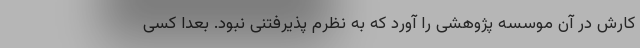
کارش در آن موسسه پژوهشی را آورد که به نظرم پذیرفتنی نبود. بعدا کسی